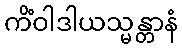
ကိံဝါဒါယသ္မန္တာနံ